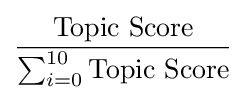
{\frac {\text{Topic Score}}{\sum _{i=0}^{10}{\text{Topic Score}}}}